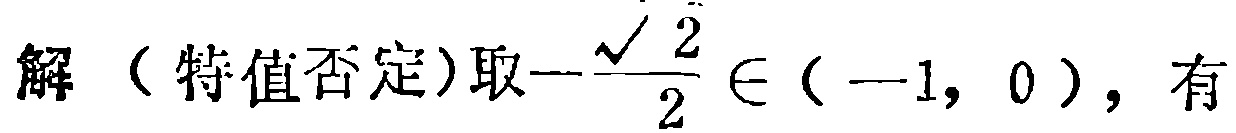
解（特值否定）取\(-\frac{\sqrt{2}}{2} \in (-1, 0)\)，有